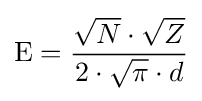
{\mbox{E}}={\frac {{\sqrt {N}}\cdot {\sqrt {Z}}}{2\cdot {\sqrt {\pi }}\cdot d}}